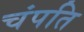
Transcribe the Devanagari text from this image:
चंपति